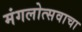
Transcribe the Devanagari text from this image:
मंगलोत्सवाचा